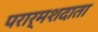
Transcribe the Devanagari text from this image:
परार्मशदाता